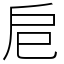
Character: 𢨪